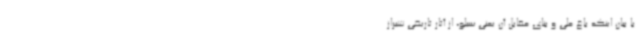
با بیان اینکه باغ ملی و بنای مقابل آن یعنی سیلو، از آثار تاریخی شیراز